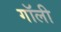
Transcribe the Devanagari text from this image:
गॉली